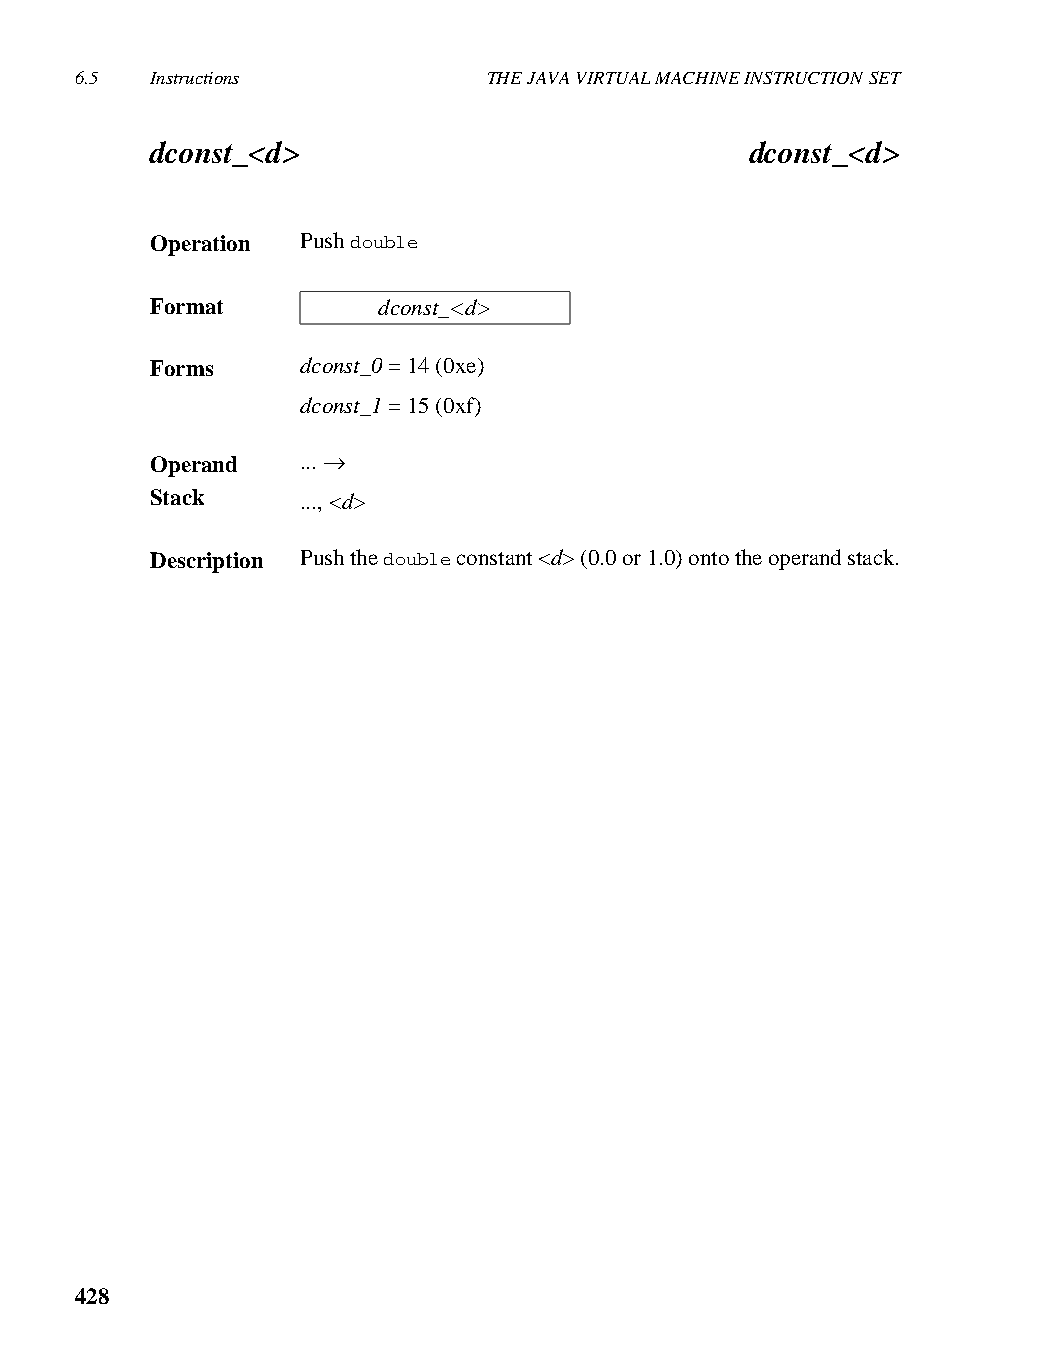
6.5  Instructions          THE JAVA VIRTUAL MACHINE INSTRUCTION SET
 dconst_<d>                              dconst_<d>
 Operation Push double
 Format         dconst_<d>
 Forms     dconst_0 = 14 (0xe)
 dconst_1 = 15 (0xf)
 Operand   ... →
 Stack     ..., <d>
 Description Push the double constant <d> (0.0 or 1.0) onto the operand stack.
 428